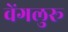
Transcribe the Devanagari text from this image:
वेंगलुरू